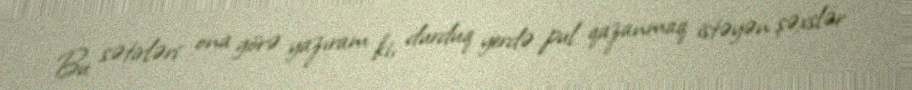
Bu sətirləri ona görə yazıram ki, durduq yerdə pul qazanmaq istəyən şəxslər